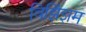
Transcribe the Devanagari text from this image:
विझिंझम